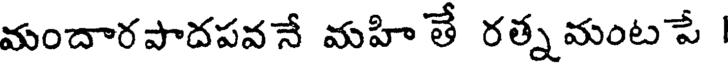
మందారపాదపవనే మహి తే రత్న మంట పే